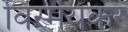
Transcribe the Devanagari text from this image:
विस्मयकर